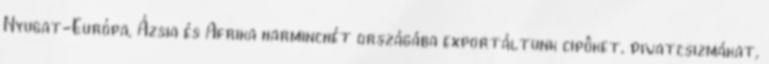
Nyugat-Európa, Ázsia és Afrika harminchét országába exportáltunk cipôket, divatcsizmákat,